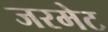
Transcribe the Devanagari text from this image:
जरमेट